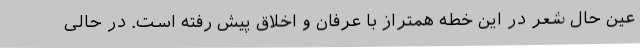
عین حال شعر در این خطه همتراز با عرفان و اخلاق پیش رفته است. در حالی